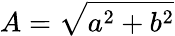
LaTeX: A=\sqrt{a^{2}+b^{2}}